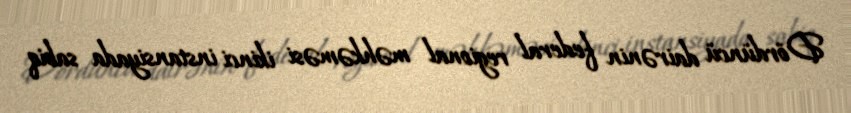
Dördüncü dairənin federal regional məhkəməsi ikinci instansiyada sabiq